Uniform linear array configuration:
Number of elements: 8
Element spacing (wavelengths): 0.5
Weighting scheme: uniform
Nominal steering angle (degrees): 45
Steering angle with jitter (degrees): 45.928
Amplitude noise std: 0.05
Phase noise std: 0.05

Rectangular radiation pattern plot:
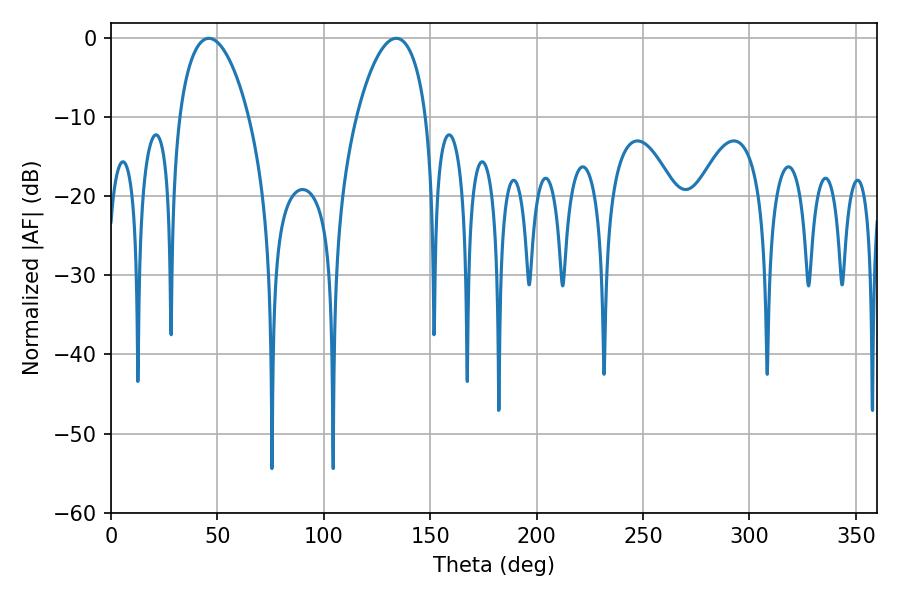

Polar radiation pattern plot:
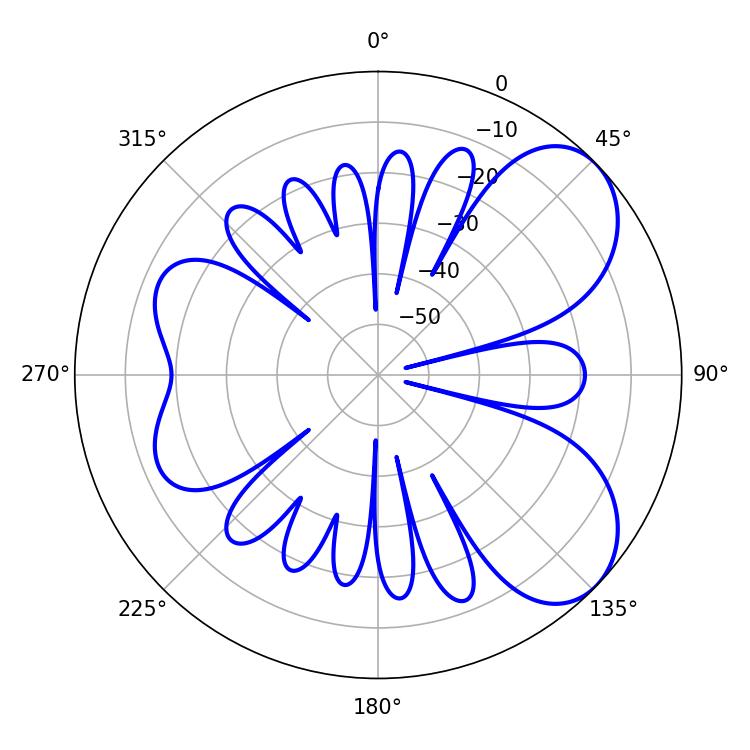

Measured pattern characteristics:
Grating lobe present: FALSE
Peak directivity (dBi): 6.374
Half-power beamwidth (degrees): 18.36
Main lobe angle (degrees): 45.9